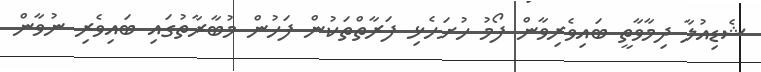
ޝެޑިއުލާ ދިމާވާތީ ބައިވެރިވާން ފޯމު ހުށަހެޅި ފަރާތްތަކުން ފަހުން މުބާރާތުގައި ބައިވެރި ނުވާން